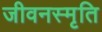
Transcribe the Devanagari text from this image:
जीवनस्मृति